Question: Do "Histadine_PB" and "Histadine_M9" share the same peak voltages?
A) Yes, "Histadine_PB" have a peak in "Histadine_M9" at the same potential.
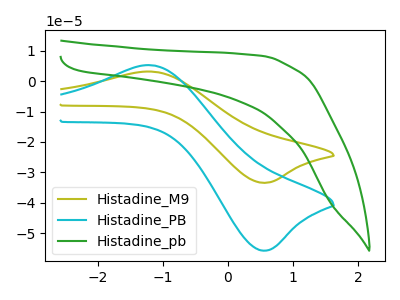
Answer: <think>The olive curve "Histadine_M9" has an anodic peak at (-1.15V, 3.15uA) and a cathodic peak at (0.55V, -33.45uA). The cyan curve "Histadine_PB" has an anodic peak at (-1.15V, 5.20uA) and a cathodic peak at (0.55V, -55.80uA). The green curve "Histadine_pb" has no peaks.</think>
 <answer>A) Yes, "Histadine_PB" have a peak in "Histadine_M9" at the same potential.</answer>
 <eval>A</eval>